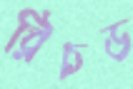
রিচড